system: You are a helpful assistant.
user:
Analyze the provided spectrum to determine if it is a **Carbon Star (C-type)**.

- **Key Visual Indicators of Carbon Star:**
    - **(Primary):** Strong molecular absorption from **C₂ (diatomic carbon) "Swan Bands."** This is the **defining feature** of a carbon star.
        - **(Key Bandheads):** Sharp absorption edges are visible at approximately $5635$ Å, $5165$ Å (the strongest band), and $4737$ Å.
        - **(Line Profile):** Creates a distinct **"saw-tooth"** pattern. The key morphology is a sharp, steep bandhead on the **red (long-wavelength) side**, which then gradually tapers off (i.e., flux recovers) towards the **blue (short-wavelength) side**. *(This is the direct opposite of the TiO bands seen in M-type stars)*.

    - **(Secondary):** Intense **CN (cyanogen)** molecular absorption bands.
        - **(Key Bandheads):** Located in the blue and violet regions of the spectrum (e.g., near $4215$ Å and $3883$ Å).
        - **(Morphology):** These bands are extremely broad and act as a "blanket," absorbing the vast majority of blue and violet light. This creates a characteristic **"cliff"** or **"steep drop-off"** in the spectrum's flux at short wavelengths.

    - **(Key Confirmation):** Strong **CH absorption band (G-band)**.
        - **(Key Bandhead):** Located around $4300$ Å. The contribution from CH molecules to this band is exceptionally strong.

    - **(Overall Spectrum):**
        - The continuum is severely "chopped up" by these deep molecular bands, especially C₂, rather than appearing as a smooth curve.
        - Due to the heavy CN and C₂ absorption in the blue-green, the vast majority of the star's flux is concentrated in the red part of the spectrum, giving the star its characteristic deep red color.

Think first, call **spectral_visualization_tool** if needed to examine features in detail, then provide your final answer. Your response must adhere to the following strict rules:
1.  **Overall Structure:** Your response must follow the format `<think>...</think> <tool_call>...</tool_call> (if a tool is used) <answer>...</answer>`.
2.  **Tool Usage Constraint:** You may only make **one** tool call per turn.
3.  **Final Answer Format:** In the `<answer>` tag, your conclusion must be inside a `\boxed{}` command (e.g., `\boxed{YES}`), followed by your justification.

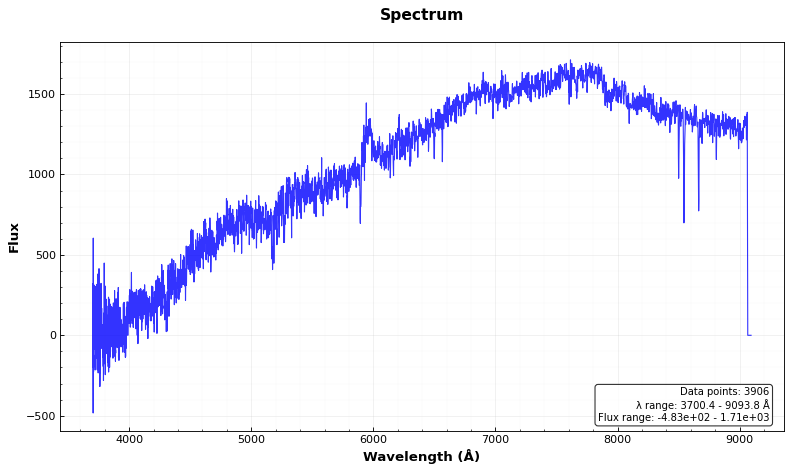
Answer: NO